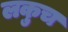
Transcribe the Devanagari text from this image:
लकुच